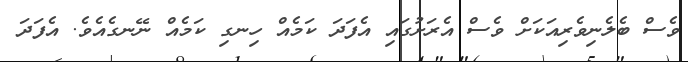
ވެސް ބެލެނިވެރިއަކަށް ވެސް އެރަށުގައި އެފަދަ ކަމެއް ހިނގި ކަމެއް ނޭނގެއެވެ. އެފަދަ